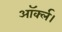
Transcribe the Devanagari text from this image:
ऑर्क्ल।